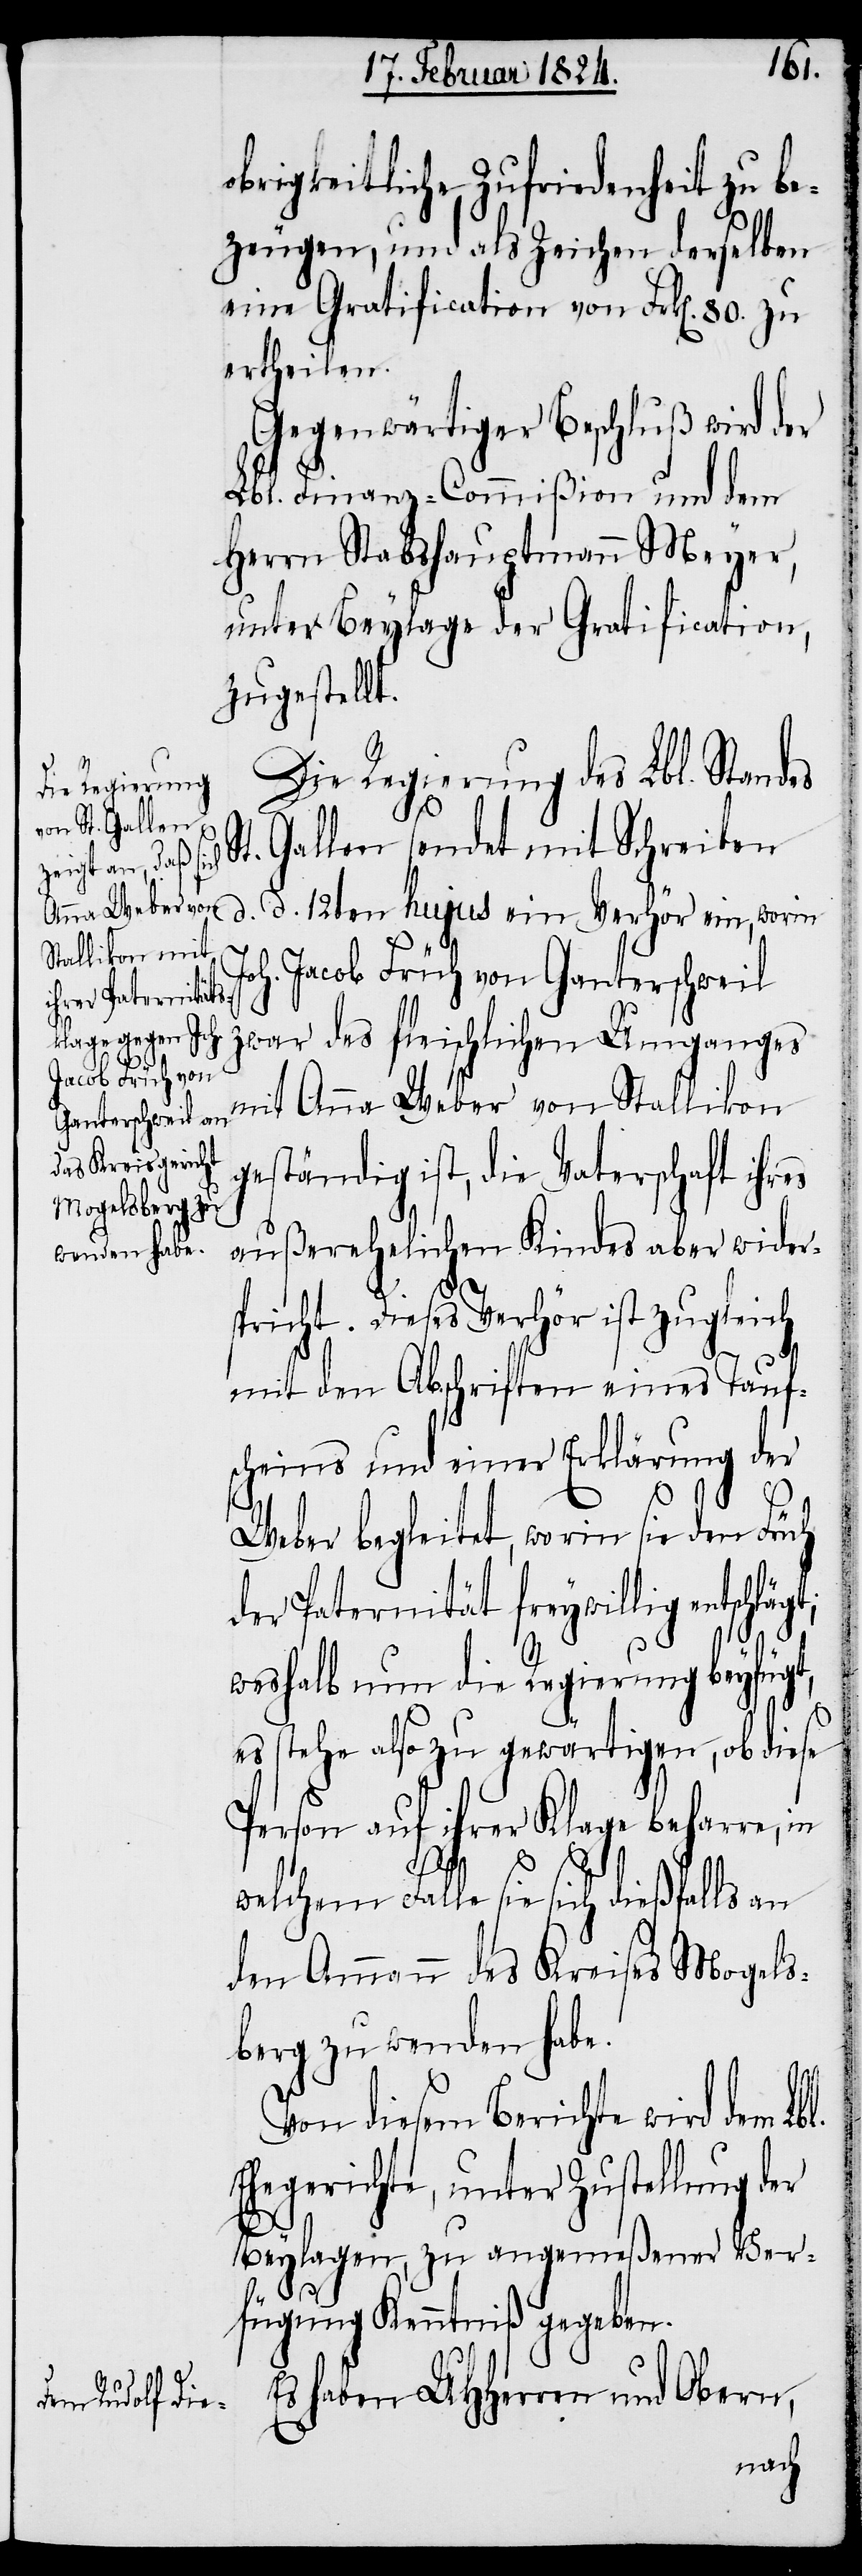
t;

obrigkeitliche Zufriedenheit zu be¬
zeugen, und als Zeichen derselben
eine Gratification von Frk[en]. 80. zu
ertheilen.
Gegenwärtiger Beschluß wird der
Lbl. Finanz-Commißion und dem
Herrn Stabshauptmann Meyer,
unter Beylage der Gratification,
zugestellt.
Die Regierung des Lbl. Standes
t. Gallen sendet mit Schreiben
d. d. 12ten hujus ein Verhör ein, worin
Joh. Jacob Früh von Ganterschweil
zwar des fleischlichen Umganges
mit Anna Weber von Stallikon
geständig ist, die Vaterschaft ihres
außerehelichen Kindes aber widers¬
pricht. Dieses Verhör ist zugleich
mit den Abschriften eines Tauf¬
scheins und einer Erklärung der
Weber begleitet, worin sie den Früh
der Paternität freywillig entschläg¬
weshalb nun die Regierung beyfügt,
es stehe also zu gewärtigen, ob diese
Person auf ihrer Klage beharre, in
Falle sie sich dießfalls an
den Ammann des Kreises Mogels¬
berg zu wenden habe.
Von diesem Berichte wird dem Lbl.
Ehegerichte, unter Zustellung der
Beylagen, zu angemeßener Ver¬
S¬
fügung Kenntniß gegeben.
Es haben UHHerren und Obern,